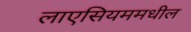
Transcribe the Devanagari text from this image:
लाएसियममधील